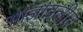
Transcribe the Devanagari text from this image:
आज्ञावलीत